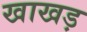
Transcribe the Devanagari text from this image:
खाखड़